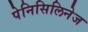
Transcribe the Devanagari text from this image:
पेनिसिलिनेज